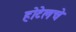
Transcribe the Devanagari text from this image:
होटेलचे